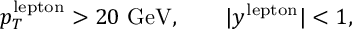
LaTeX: p _ { T } ^ { \mathrm { l e p t o n } } > 2 0 ~ \mathrm { G e V } , \qquad | y ^ { \mathrm { l e p t o n } } | < 1 ,